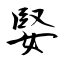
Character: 婜